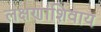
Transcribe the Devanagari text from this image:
लक्षणांशिवाय